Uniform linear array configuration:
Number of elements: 24
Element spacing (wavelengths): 1
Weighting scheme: kaiser
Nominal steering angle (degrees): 60
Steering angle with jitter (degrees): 59.167
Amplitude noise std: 0.05
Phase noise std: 0.05

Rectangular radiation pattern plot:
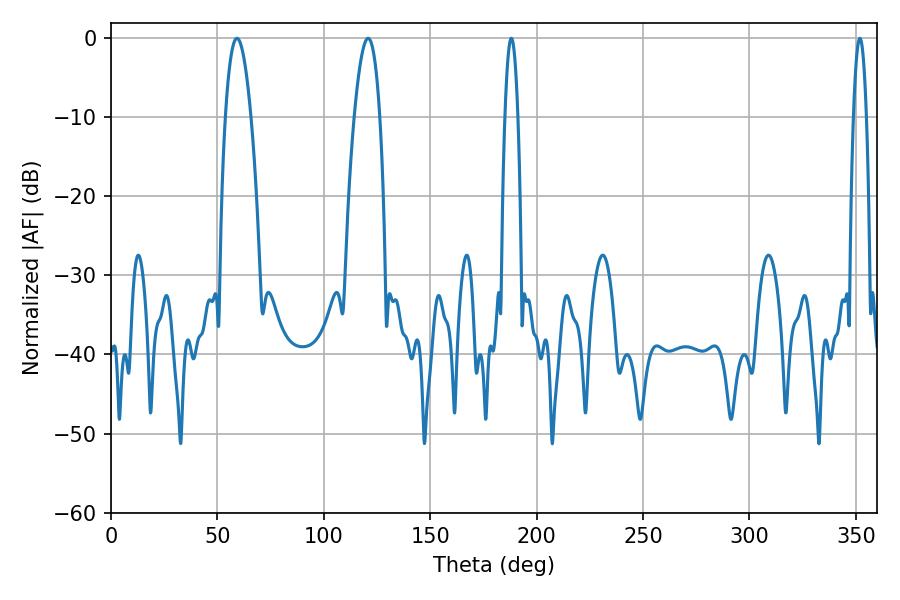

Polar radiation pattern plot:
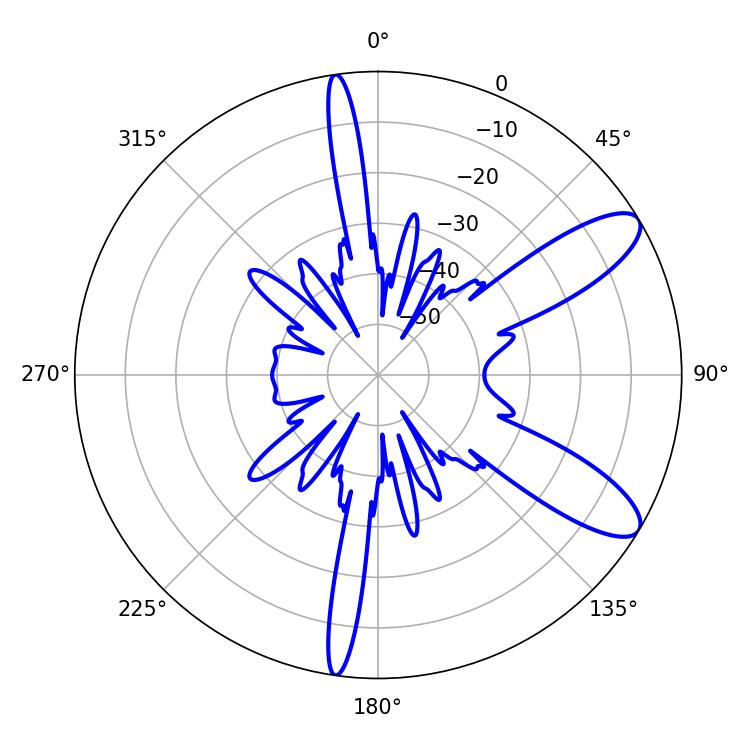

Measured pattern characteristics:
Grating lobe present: TRUE
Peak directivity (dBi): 10.084
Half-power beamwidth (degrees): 3.24
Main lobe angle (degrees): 188.1